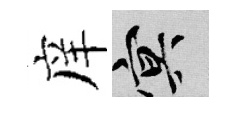
庠冥